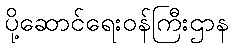
ပို့ဆောင်ရေးဝန်ကြီးဌာန